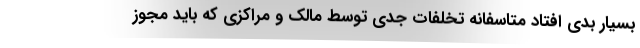
بسیار بدی افتاد متاسفانه تخلفات جدی توسط مالک و مراکزی که باید مجوز